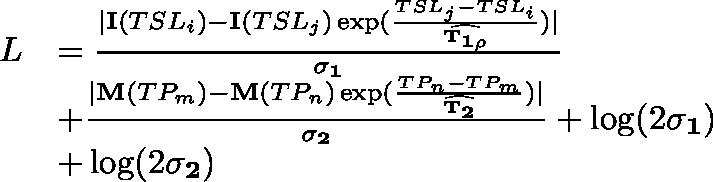
\begin{array} { r l } { L } & { = \frac { | \mathbf { I } ( T S L _ { i } ) - \mathbf { I } ( T S L _ { j } ) \exp ( \frac { T S L _ { j } - T S L _ { i } } { \mathbf { \widehat { T _ { 1 \rho } } } } ) | } { \mathbf { \sigma _ { 1 } } } } \\ & { + \frac { | \mathbf { M } ( T P _ { m } ) - \mathbf { M } ( T P _ { n } ) \exp ( \frac { T P _ { n } - T P _ { m } } { \widehat { \mathbf { T _ { 2 } } } } ) | } { \mathbf { \sigma _ { 2 } } } + \log ( 2 \mathbf { \sigma _ { 1 } } ) } \\ & { + \log ( 2 \mathbf { \sigma _ { 2 } } ) } \end{array}